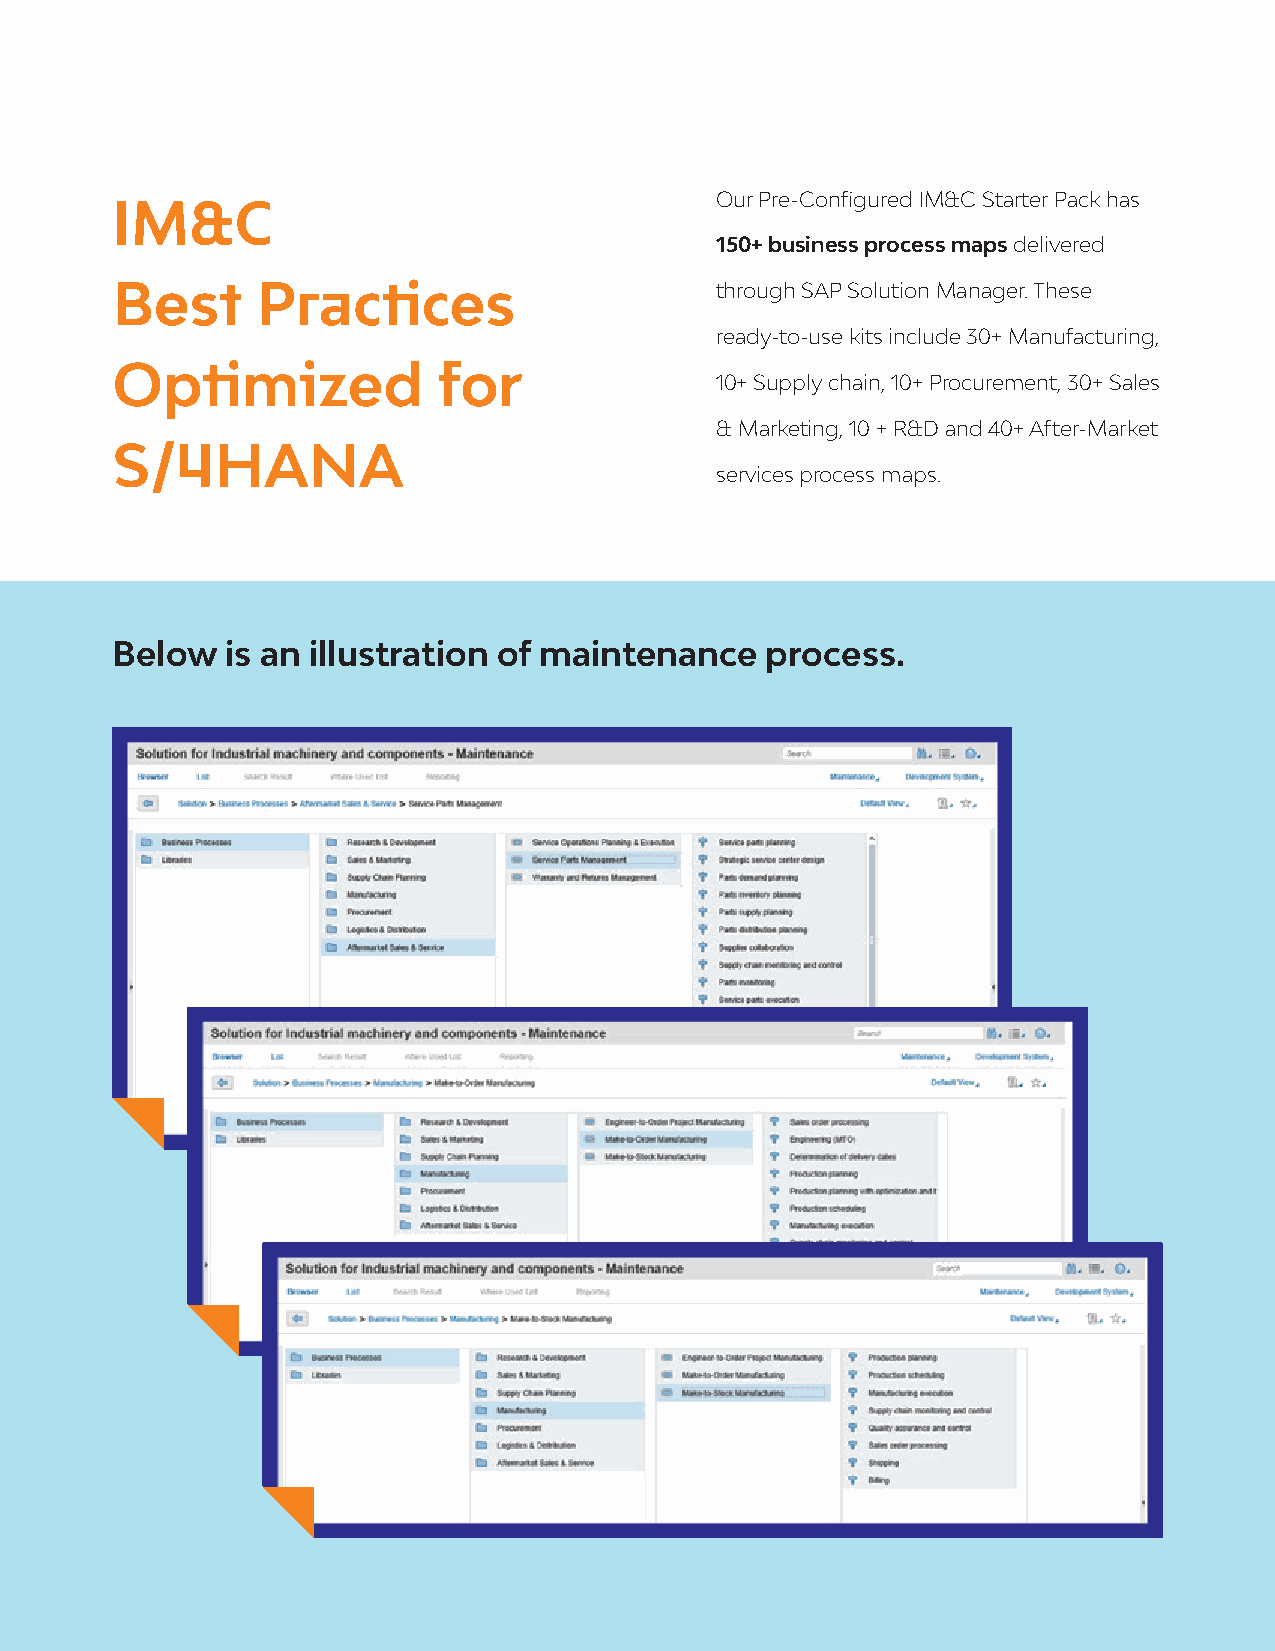
Our Pre-Configured IM&C Starter Pack has
 IM&C
 150+ business process maps delivered
 Best      Practices                     through SAP Solution Manager. These
 ready-to-use kits include 30+ Manufacturing,
 Optimized             for
 10+ Supply chain, 10+ Procurement, 30+ Sales
 & Marketing, 10 + R&D and 40+ After-Market
 S/4HANA
 services process maps.
 Below   is an illustration of maintenance   process.